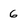
Character: 6